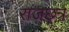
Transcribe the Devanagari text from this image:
राजछत्र